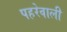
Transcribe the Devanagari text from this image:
पहरेवाली